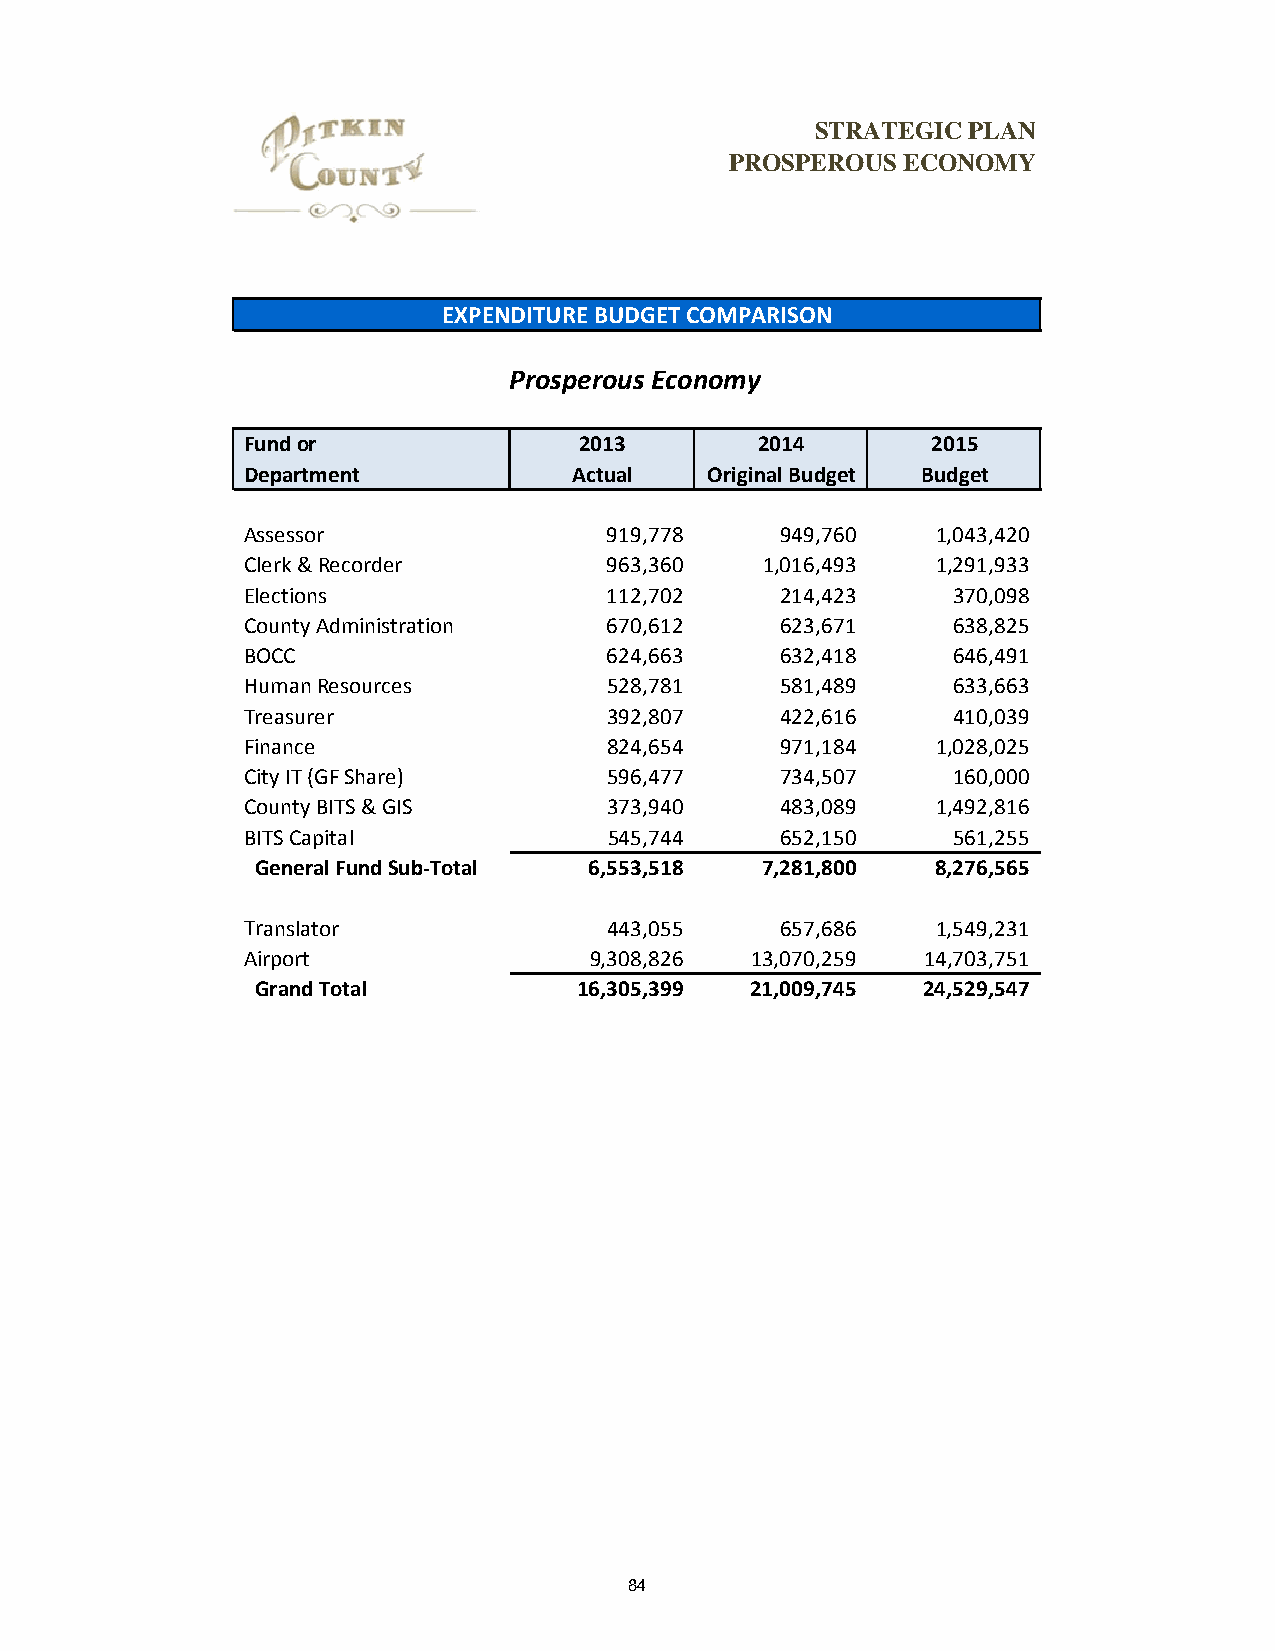
STRATEGIC PLAN
 PROSPEROUS  ECONOMY
 EXPENDITURE BUDGET COMPARISON
 Prosperous Economy
 Fund or               2013        2014        2015
 Department            Actual   Original Budget Budget
 Assessor                919,778     949,760   1 ,043,420
 Clerk & Recorder        963,360    1,016,493  1 ,291,933
 Elections               112,702     214,423    370,098
 County Administration   670,612     623,671    638,825
 BOCC                    624,663     632,418    646,491
 Human Resources         528,781     581,489    633,663
 Treasurer               392,807     422,616    410,039
 Finance                 824,654     971,184   1 ,028,025
 City IT (GF Share)      596,477     734,507    160,000
 County BITS & GIS       373,940     483,089   1 ,492,816
 BITS Capital            545,744     652,150    561,255
 General Fund Sub‐Total 6,553,518 7,281,800   8,276,565
 Translator              443,055     657,686   1 ,549,231
 Airport                9,308,826  13,070,259 14,703,751
 Grand Total          16,305,399  21,009,745 24,529,547
 84